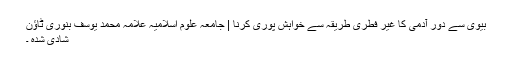
بیوی سے دور آدمی کا غیر فطری طریقہ سے خواہش پوری کرنا | جامعہ علوم اسلامیہ علامہ محمد یوسف بنوری ٹاؤن
شادی شدہ ۔